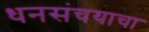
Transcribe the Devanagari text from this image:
धनसंचयाचा